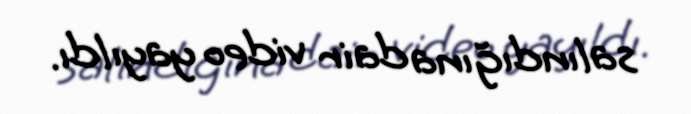
salındığına dair video yayıldı.